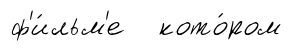
ф'и́льм'е кото́ром